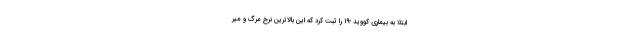
ابتلا به بیماری کووید -۱۹ را ثبت کرد که این بالاترین نرخ مرگ و میر